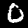
Digit: 0